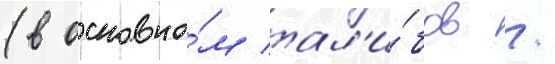
(в основно́м тал'и́бов /